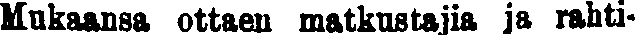
Mukaansa ottaen matkustajia ja rahti-